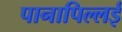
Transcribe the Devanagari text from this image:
पानापिल्लई